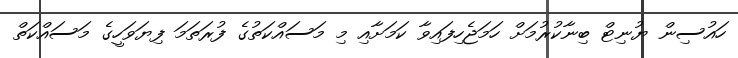
ހައުސިން ޔުނިޓް ބިނާކުރުމަށް ހަމަޖެހިފައިވާ ކަމަށާއި މި މަސައްކަތުގެ ފުރަތަމަ ފިޔަވަހީގެ މަސައްކަތް